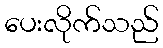
ပေးလိုက်သည်